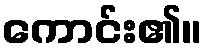
ကောင်း၏။